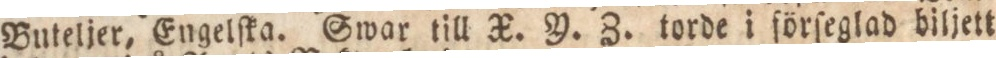
Buteljer, Engelſka. Swar till X. Y. Z. torde i förſeglad biljett